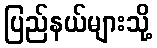
ပြည်နယ်များသို့